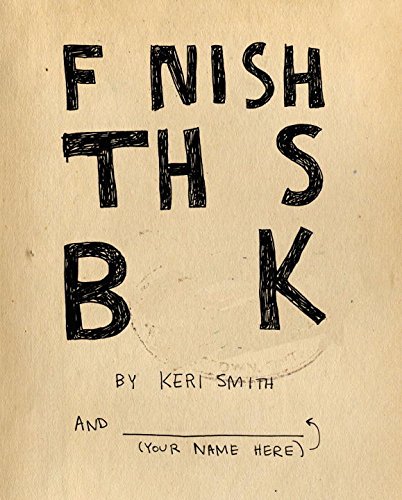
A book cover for Finish This Book; Keri Smith; Literature & Fiction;